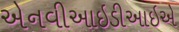
એનવીઆઇડીઆઇએ